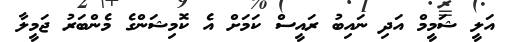
އަލީ ޝަމީމް އަދި ނައިބު ރައީސް ކަމަށް އެ ކޮމިޝަންގެ މެންބަރު ޖަމީލާ